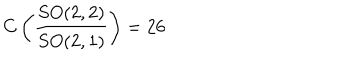
C \left( \frac { S O ( 2 , 2 ) } { S O ( 2 , 1 ) } \right) = 2 6